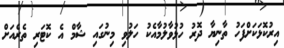
އިރުކޮޅަކަށްފަހު ތާނިޔާ ދޮރު ހުޅުވާލުމާއެކު ހަލުވި މިނުގައި ޝާމް އެ ކޮޓަރި ތެރެއަށް